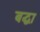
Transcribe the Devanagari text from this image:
बद्धा